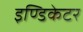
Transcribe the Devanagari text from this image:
इण्डिकेटर